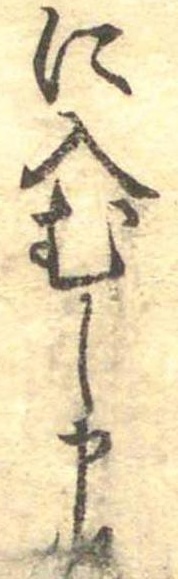
に入むし申候